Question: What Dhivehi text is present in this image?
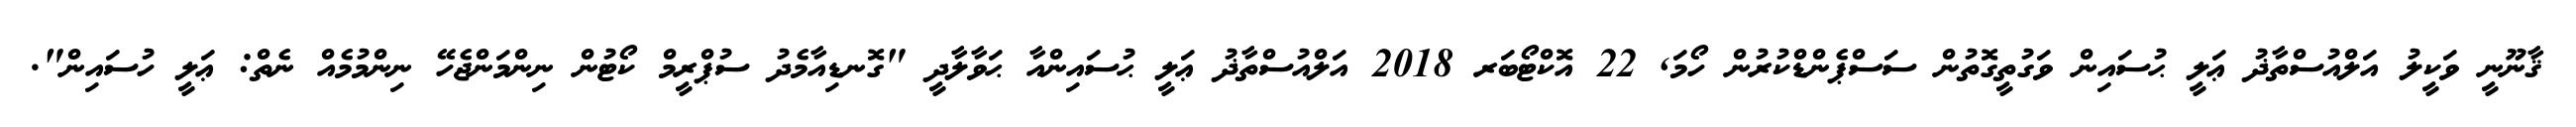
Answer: ޤާނޫނީ ވަކީލު އަލްއުސްތާޛު ޢަލީ ޙުސައިން ވަގުތީގޮތުން ސަސްޕެންޑްކުރުން ހޯމަ, 22 އޮކްޓޯބަރ 2018 އަލްއުސްތާޛު ޢަލީ ޙުސައިންއާ ޙަވާލާދީ "ގޮނޑިއާމެދު ސުޕްރީމް ކޯޓުން ނިންމަންޖެހޭ ނިންމުމެއް ނެތް: ޢަލީ ހުސައިން".